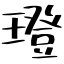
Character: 璒